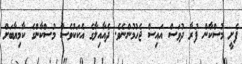
ފެށީ މުސްކާން ފުރާ ދުވަސް އައިސް ޖެހުމުންނެވެ. ދެއާއިލާގެ އެކަކުވެސް މުސްކާންގެ ކާމިޔާބަށް